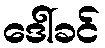
ဒေါ်ခင်